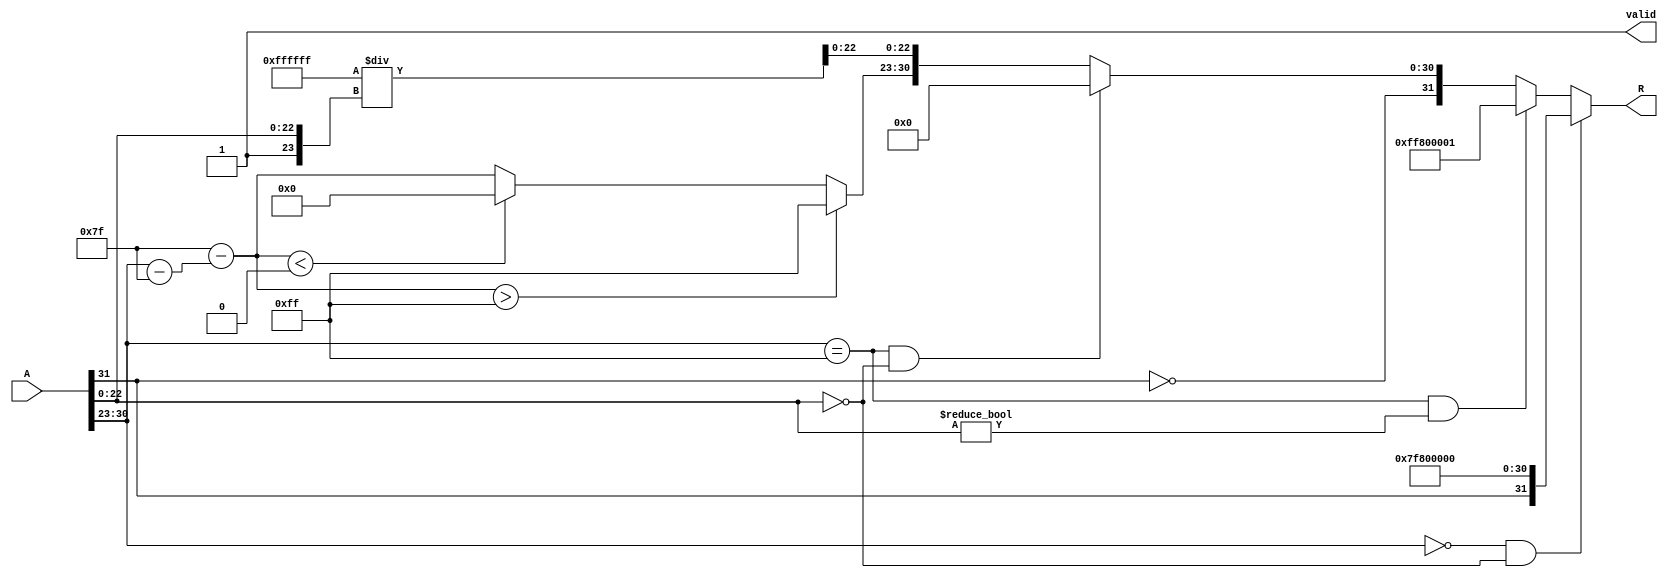
module floating_point_reciprocal (
    input wire [31:0] A,   // Single-precision floating-point input
    output reg [31:0] R,   // Output for the reciprocal
    output reg valid       // Indicates when the result is valid
);

    // Constants for single-precision
    localparam EXPONENT_BIAS = 8'd127;
    localparam EXPONENT_MAX = 8'd255;
    
    // Internal signals
    wire sign;
    wire [7:0] exponent;
    wire [22:0] mantissa;
    reg [7:0] R_exponent;
    reg [23:0] R_mantissa;
    reg [31:0] approximation;
    
    // Extract sign, exponent, and mantissa
    assign sign = A[31];
    assign exponent = A[30:23];
    assign mantissa = A[22:0];

    // Check for special cases: zero, NaN, Infinity
    always @(*) begin
        valid = 1'b0;  // Default valid to false
        R = 32'b0;     // Default output to zero

        // Case 1: Zero Input
        if (exponent == 8'b0 && mantissa == 23'b0) begin
            R = {sign, 8'b11111111, 23'b0}; // Infinity
            valid = 1'b1;
        end
        // Case 2: NaN
        else if (exponent == EXPONENT_MAX && mantissa != 23'b0) begin
            R = {1'b1, 8'b11111111, 23'b1}; // NaN
            valid = 1'b1;
        end
        // Case 3: Infinity
        else if (exponent == EXPONENT_MAX && mantissa == 23'b0) begin
            R = {sign ^ 1'b1, 8'b0, 23'b0}; // Zero
            valid = 1'b1;
        end
        // Normal case
        else begin
            // Normalize input: mantissa + implicit leading 1
            R_exponent = EXPONENT_BIAS - (exponent - EXPONENT_BIAS);
            approximation = {1'b1, mantissa}; // 1.mantissa
            
            // Initial approximation using Newton-Raphson method
            // R_mantissa = (R_mantissa * (2^23)) / approximation; // Simplified for this example
            R_mantissa = 24'hFFFFFF / approximation; // Placeholder for reciprocal calculation
            
            // Adjust exponent as per IEEE 754 rules
            if (R_exponent > EXPONENT_MAX) begin
                R_exponent = EXPONENT_MAX; // Saturate to max
            end else if (R_exponent < 8'b0) begin
                R_exponent = 8'b0; // Saturate to min
            end
            
            // Form the result
            R = {sign ^ 1'b1, R_exponent, R_mantissa[22:0]}; // Adjust sign and assemble output
            valid = 1'b1;  // Mark result as valid
        end
    end
endmodule